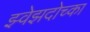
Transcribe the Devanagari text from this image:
झ्वेझदोच्का